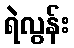
ရဲလွန်း